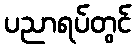
ပညာရပ်တွင်